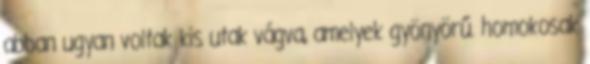
abban ugyan voltak kis utak vágva, amelyek gyönyörű. homokosak